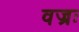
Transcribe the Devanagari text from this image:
वज्रः